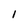
Character: l